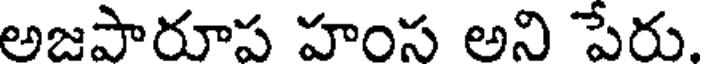
అజపారూప హంస అని పేరు.